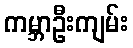
ကမ္ဘာဦးကျမ်း